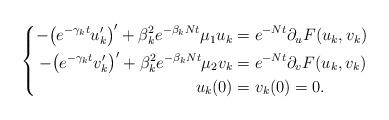
LaTeX: \begin{align*} \left \{ \begin{aligned}-\bigl(e^{-\gamma_k t}u_k' \bigr)' + \beta_k^2 e^{-\beta_k N t} \mu_1 u_k &= e^{-N t}\partial_u F(u_k,v_k)&&\\-\bigl(e^{-\gamma_k t}v_k' \bigr)' + \beta_k^2 e^{-\beta_k N t}\mu_2 v_k &= e^{-N t}\partial_v F(u_k,v_k)&&\\u_k (0)&=v_k(0)=0. \end{aligned} \right.\end{align*}